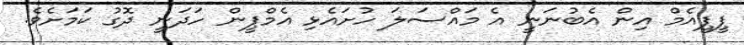
ޕީޕީއެމް އިން އެބުނަނީ އެ މައްސަލަ ހުށައެޅި އެމްޕީން ހަދަނީ ދޮގު ކަމަށެވެ.